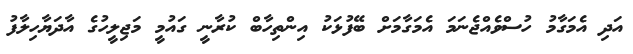
އަދި އެމަގާމު ހުސްވެއްޖެނަމަ އެމަގާމަށް ބޭފުޅަކު އިންތިހާބް ކުރާނީ ގައުމީ މަޖިލީހުގެ އާދަޔާހިލާފު